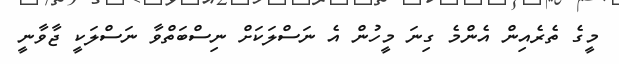
މީގެ ތެރެއިން އެންމެ ގިނަ މީހުން އެ ނަސްލަކަށް ނިސްބަތްވާ ނަސްލަކީ ޖާވާނީ